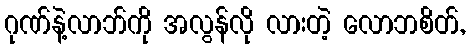
ဂုဏ်နဲ့လာဘ်ကို အလွန်လို လားတဲ့ လောဘစိတ်,